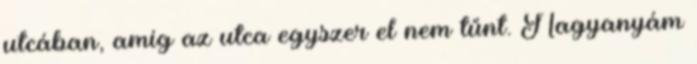
utcában, amíg az utca egyszer el nem tűnt. Nagyanyám